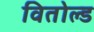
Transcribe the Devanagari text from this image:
वितोल्ड